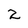
Character: 2